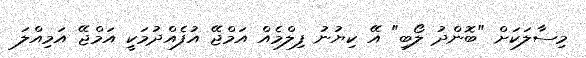
މިސާލަކަށް "ބޮންދު ލޯބި" އޭ ކިޔުނު ފިލްމެއް އަމްޖޭ އުފެއްދުމަކީ އަމްޖޭ އަމިއްލަ